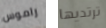
راموس ترتديها